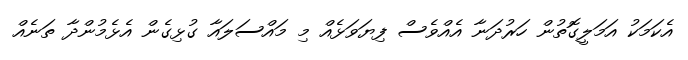
އެކަމަކު އަމަލީގޮތުން ހަރުދަނާ އެއްވެސް ފިޔަވަޅެއް މި މައްސަލައާ ގުޅިގެން އެޅެމުންދާ ތަނެއް